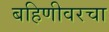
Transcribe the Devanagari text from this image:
बहिणीवरचा